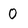
Character: 0